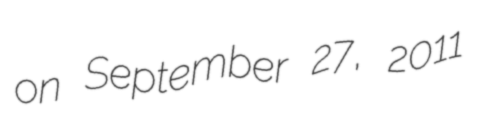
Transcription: on September 27, 2011